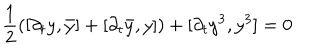
{ \frac { 1 } { 2 } } ( [ \partial _ { t } y , \bar { y } ] + [ \partial _ { t } \bar { y } , y ] ) + [ \partial _ { t } y ^ { 3 } , y ^ { 3 } ] = 0